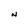
Character: N